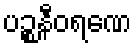
ပဉ္စနီဝရဏေ